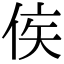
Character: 𬾗